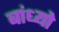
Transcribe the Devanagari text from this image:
बांध्‍यो